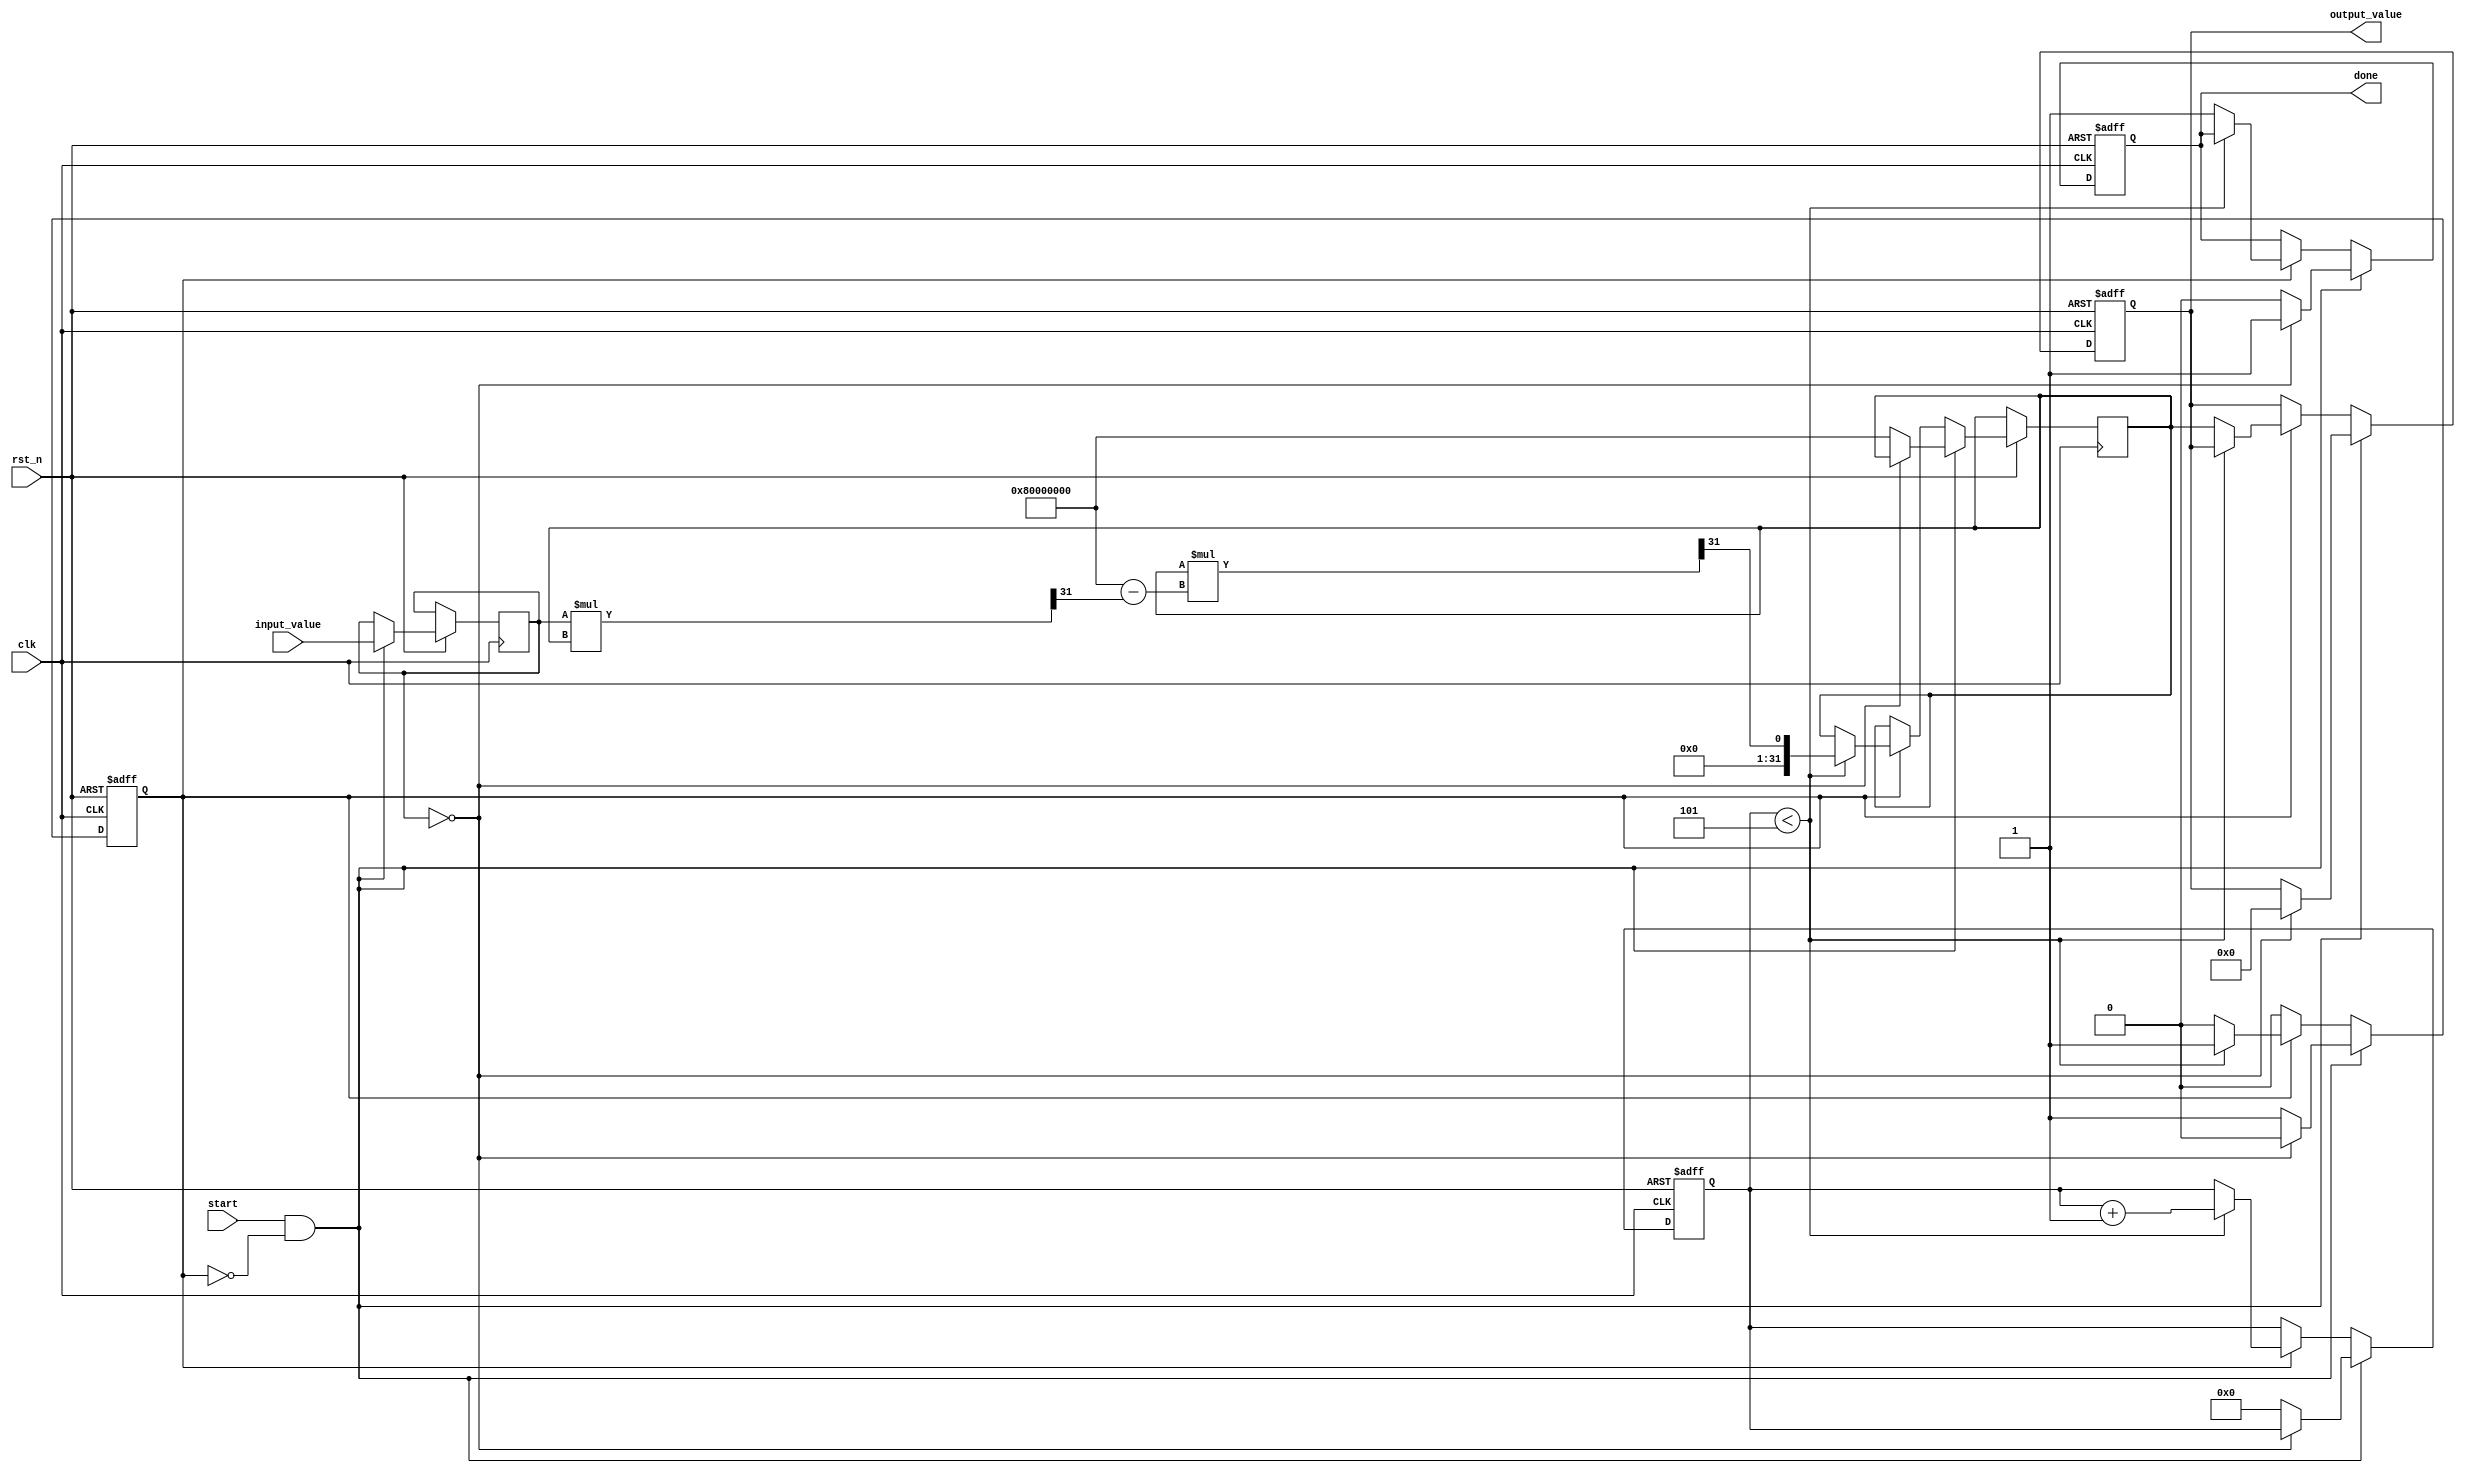
module DirectReciprocalUnit (
    input wire clk,                      // Clock signal
    input wire rst_n,                    // Active low reset
    input wire start,                    // Start signal for computation
    input wire [31:0] input_value,       // Input value (fixed-point)
    output reg [31:0] output_value,      // Output value (reciprocal)
    output reg done                      // Done signal
);

    reg [31:0] x;                        // Current estimate
    reg [31:0] y;                        // Input value
    reg [3:0] count;                     // Iteration counter
    reg busy;                            // Busy flag

    // Parameters
    parameter MAX_ITERATIONS = 5;       // Maximum iterations for Newton-Raphson

    // Initial states
    always @(posedge clk or negedge rst_n) begin
        if (!rst_n) begin
            output_value <= 32'b0;
            done <= 1'b0;
            busy <= 1'b0;
            count <= 4'b0;
        end else if (start && !busy) begin
            // Initialize for the new calculation
            y <= input_value;
            // Check for zero input
            if (y == 32'b0) begin
                output_value <= 32'b0; // Handle division by zero
                done <= 1'b1;
                busy <= 1'b0;
            end else begin
                x <= 32'h80000000; // Initial guess (1.0 in fixed-point)
                count <= 4'b0;
                busy <= 1'b1;
                done <= 1'b0;
            end
        end else if (busy) begin
            if (count < MAX_ITERATIONS) begin
                // Newton-Raphson iteration: x(n+1) = x(n) * (2 - y * x(n))
                x <= x * (32'h80000000 - (y * x >> 31)) >> 31; // Divide by 2^31
                count <= count + 1;
            end else begin
                output_value <= x; // Final reciprocal value
                done <= 1'b1;
                busy <= 1'b0; // Finished
            end
        end
    end

endmodule